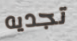
تجديه